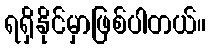
ရရှိနိုင်မှာဖြစ်ပါတယ်။